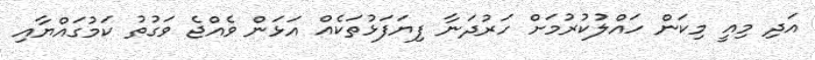
އަދި މިއީ މިކަން ހައްލުކުރުމަށް ހަރުދަނާ ފިޔަފަޅުތަކެއް އަޅަން ވެއްޖެ ވަގުތު ކަމުގައްޔާއި